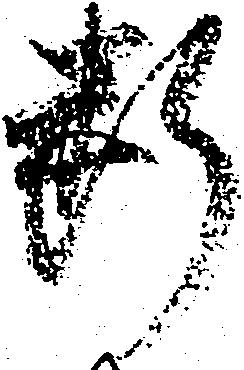
断